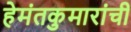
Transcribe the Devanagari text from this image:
हेमंतकुमारांची